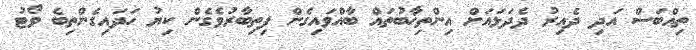
ތިއްބަސް އަދި ދެއިރު ދެދަޅައަށް އިންތިޚާބުތައް ބާއްވައިގެން ފިތިބާރުވެގެން ކިޔު ހަދައިގެންތިބެ ވޯޓު